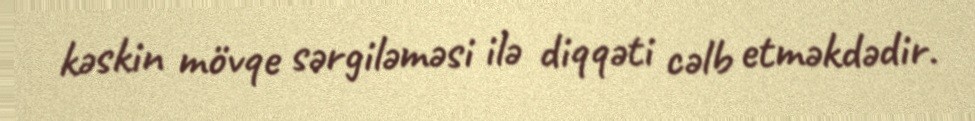
kəskin mövqe sərgiləməsi ilə diqqəti cəlb etməkdədir.